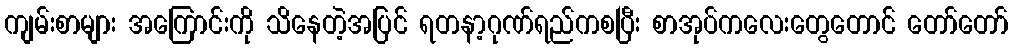
ကျမ်းစာများ အကြောင်းကို သိနေတဲ့အပြင် ရတနာ့ဂုဏ်ရည်ကစပြီး စာအုပ်ကလေးတွေတောင် တော်တော်